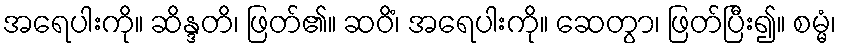
အရေပါးကို။ ဆိန္ဒတိ၊ ဖြတ်၏။ ဆဝိံ၊ အရေပါးကို။ ဆေတွာ၊ ဖြတ်ပြီး၍။ စမ္မံ၊